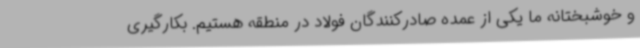
و خوشبختانه ما یکی از عمده صادرکنندگان فولاد در منطقه هستیم. بکارگیری